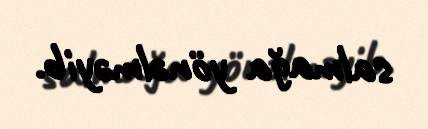
salmağa yönəlməyib.